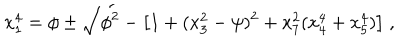
LaTeX: x _ { 1 } ^ { 4 } = \phi \pm \sqrt { \phi ^ { 2 } - \left[ 1 + ( x _ { 3 } ^ { 2 } - \psi ) ^ { 2 } + x _ { 7 } ^ { 2 } ( x _ { 4 } ^ { 4 } + x _ { 5 } ^ { 4 } ) \right] } \; ,